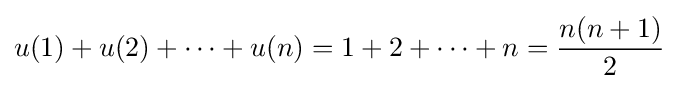
u(1)+u(2)+\cdots +u(n)=1+2+\cdots +n={\frac {n(n+1)}{2}}